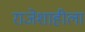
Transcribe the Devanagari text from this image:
राजेशाहीला